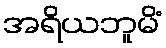
အရိယဘူမိံ